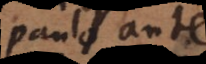
paulo ante